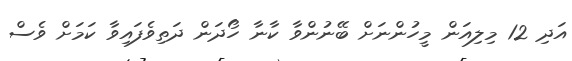
އަދި 12 މިލިއަން މީހުންނަށް ބޭނުންވާ ކާނާ ހޯދަން ދަތިވެފައިވާ ކަމަށް ވެސް